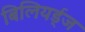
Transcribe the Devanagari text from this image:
बिलियर्ड्‌ज